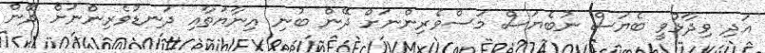
އަދި ވިދާޅުވީ ބެޔަސް ނުބެޔަސް މަސްވެރިންނަށް ދޭން ބުނި އިނާޔަތާއި ދަނޑުވެރިންނަށް ދޭން